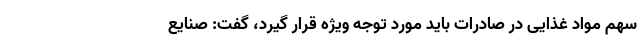
سهم مواد غذایی در صادرات باید مورد توجه ویژه قرار گیرد، گفت: صنایع